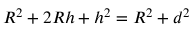
R ^ { 2 } + 2 R h + h ^ { 2 } = R ^ { 2 } + d ^ { 2 } \,